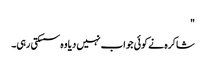
"
شاکرہ نے کوئی جواب نہیں دیا وہ سسکتی رہی۔